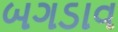
બગડાવ